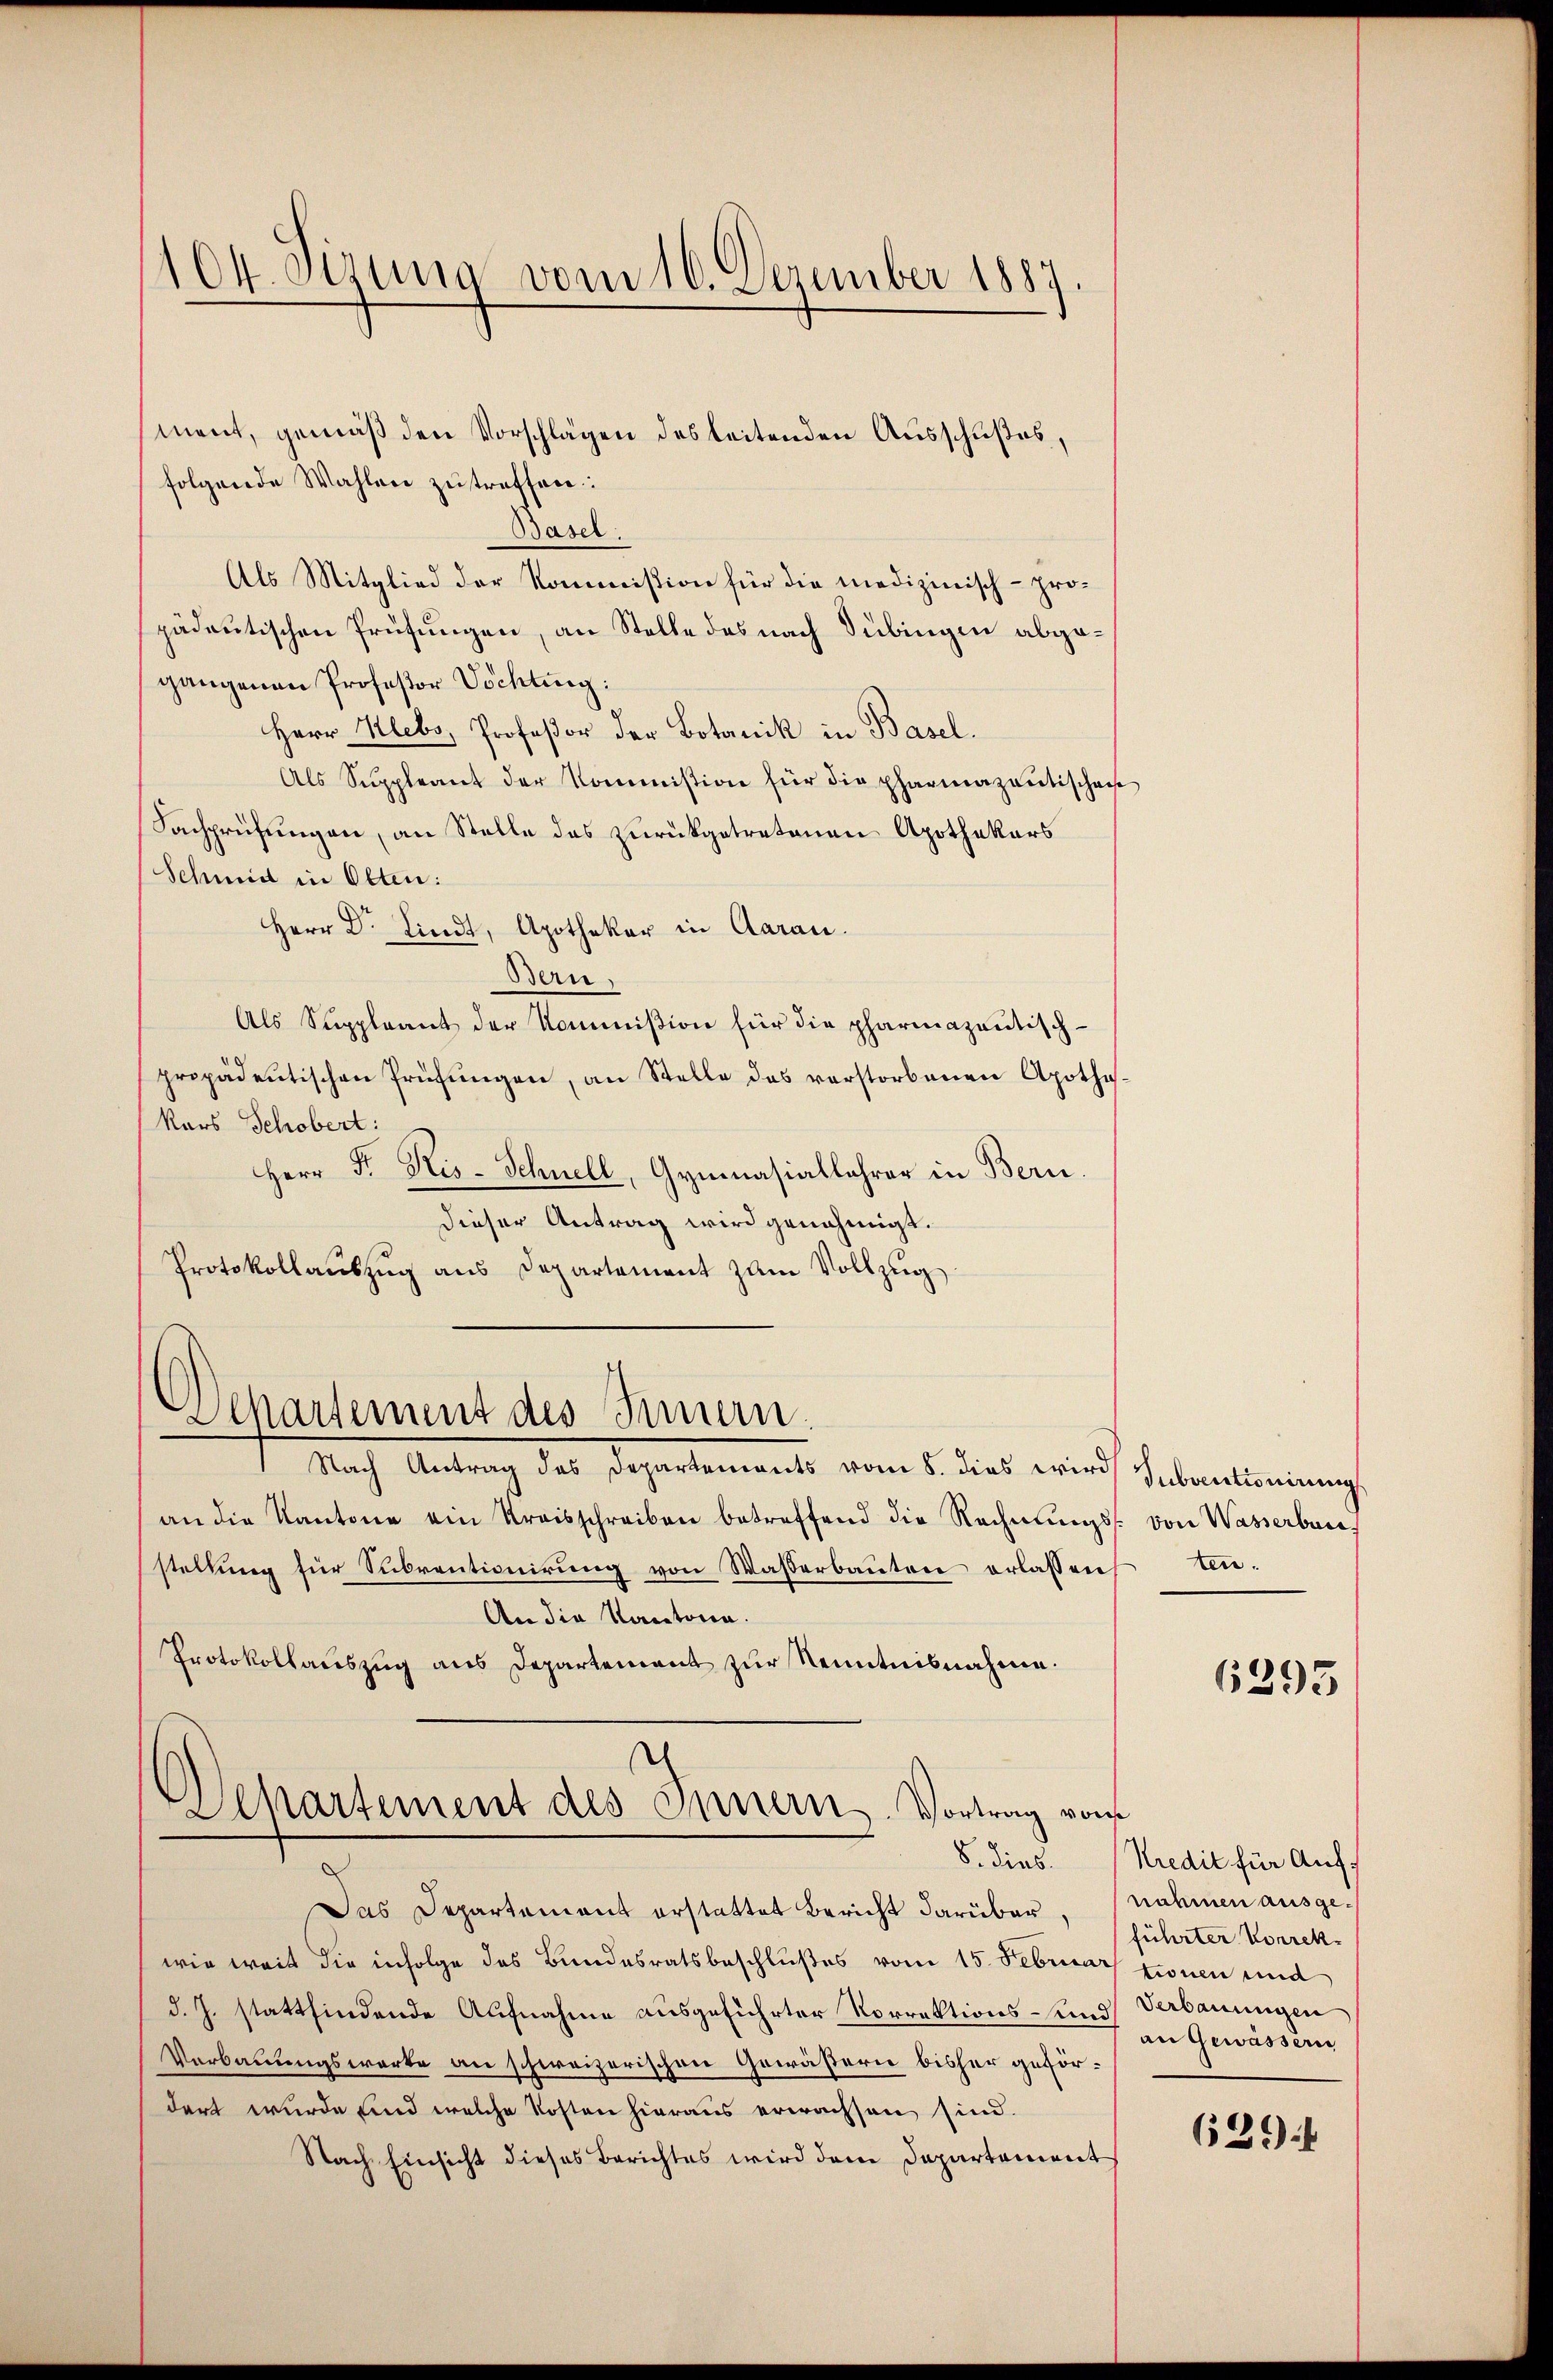
104. Sizung vom 16. Dezember 1887.

ment, gemäß den Vorschlägen des leitenden Ausschußes,
folgende Wahlen zutreffen:
Basel:
Als Mitglied der Kommission für die medizinisch - propädeutischen Prüfungen, an Stelle des nach Tübingen abgegangenen Professor Vichtung:
Herr Klebs, Profeßor der Botanik in Basel.
Als Suppleant der Kommission für die pharmazantischen
Sachprüfungen, an Stelle des zurückgetretenen Apothekars
Schmidt in Olten:
Herr Dr. Lindt, Apothekar in Aarau
Bern,
Als Suppleant der Kommißion für die pharmazantisch-
propadentischen Prüfŭngen, an Stelle des verstorbenen Apothe-
kars Schöbert:
Herr Fr. Kis-Schnell, Gymnasiallehrer in Bern.
dieser Antrag wird genehmigt.
Protokollauszug aus Departement zum Vollzug
Departement des Innern.
Nach Antrag des Departement vom 1. dies er und Inventiendung
an die Kantone ein Kreisschreiben betreffend die Rechnŭngs- von Wasserbare
stellŭng für Subventionierŭng von Wasserbaŭtrie erlassen Ein-
An die Kantona
Protokollauszug aus Departement zur Kenntnisnahme.

Departement des Innern. Vortrag von
8. dies

Das Departement erstattet Bericht darüber, nahmen ausgewie weit die infolge das Bundesratsbeschlußes vom 15. Februar tionen und
d. J. stattfindende Aufnahme ausgeführter Vorrektions- und Verbauungen
Verbauungswarte an schweizerischen Gewässern bisher gefördert wurde und welche Kosten hieraus erwachsen sind.
Nach Einsicht dieses Berichtes wird dem Departement

¬

6295

Kredit für Aufführter Vorrekan Gewässern

639. 4